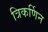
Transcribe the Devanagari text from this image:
त्रिकर्णिन